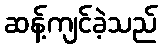
ဆန့်ကျင်ခဲ့သည်